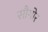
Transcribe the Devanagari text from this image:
सौगोर